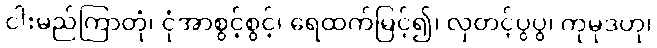
ငါးမည်ကြာတုံ၊ ငုံအာစွင့်စွင့်၊ ရေထက်မြင့်၍၊ လှတင့်ပွပွ၊ ကုမုဒဟု၊